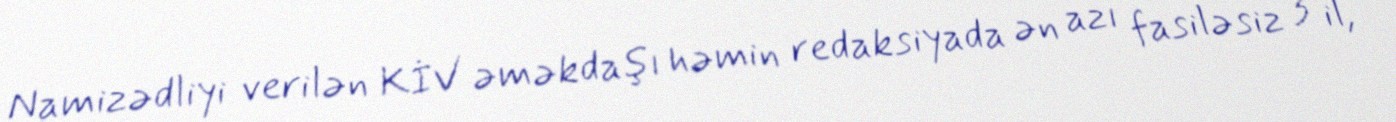
Namizədliyi verilən KİV əməkdaşı həmin redaksiyada ən azı fasiləsiz 3 il,